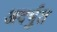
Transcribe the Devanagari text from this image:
अदर्भुत